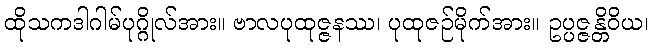
ထိုသကဒါဂါမ်ပုဂ္ဂိုလ်အား။ ဗာလပုထုဇ္ဇနဿ၊ ပုထုဇဉ်မိုက်အား။ ဥပ္ပဇ္ဇန္တိဝိယ၊